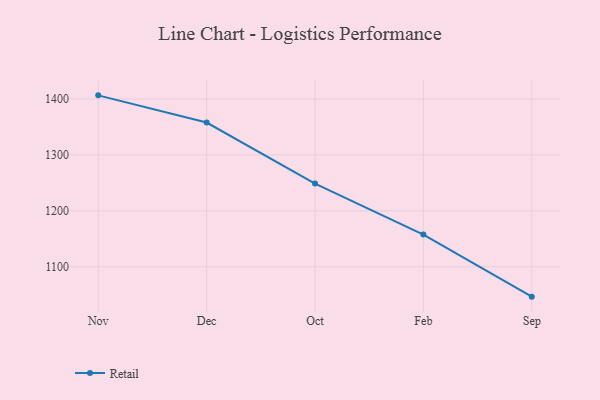
{"axis": {"x": "Month", "y": "Tickets Resolved"}, "legend": ["Retail"], "data": [{"x": "Nov", "y": 1406.4, "type": "Retail"}, {"x": "Dec", "y": 1357.8, "type": "Retail"}, {"x": "Oct", "y": 1248.7, "type": "Retail"}, {"x": "Feb", "y": 1157.6, "type": "Retail"}, {"x": "Sep", "y": 1046.7, "type": "Retail"}]}